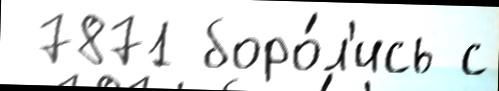
 7871 боро́л'ись с